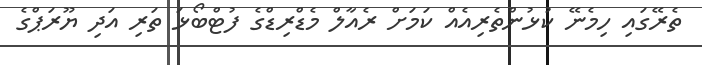
ތެރޭގައި ހިމެނޭ ކުޅުންތެރިއެއް ކަމަށް ރެއާލް މެޑްރިޑްގެ ފުޓްބޯޅަ ތަރި އަދި ޔޫރަޕްގެ